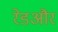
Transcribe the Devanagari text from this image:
रेडऔर